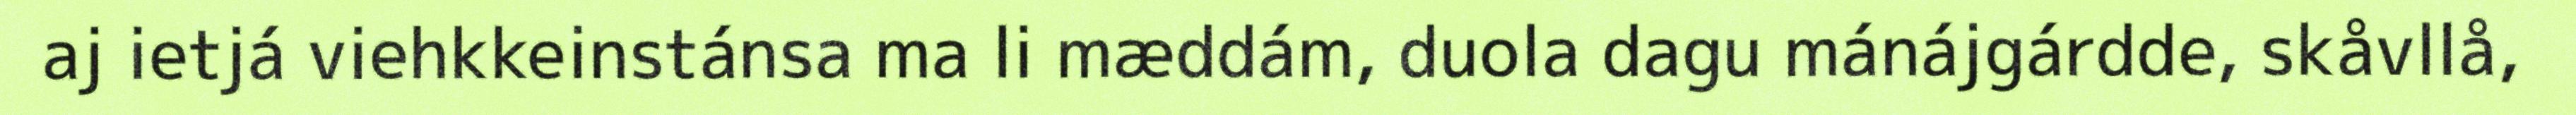
aj ietjá viehkkeinstánsa ma li mæddám, duola dagu mánájgárdde, skåvllå,